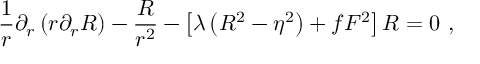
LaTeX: \frac 1 r \partial _ { r } \left( r \partial _ { r } R \right) - \frac R { r ^ { 2 } } - \left[ \lambda \left( R ^ { 2 } - \eta ^ { 2 } \right) + f F ^ { 2 } \right] R = 0 \, \, ,